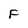
Character: F